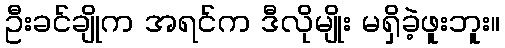
ဦးခင်ချိုက အရင်က ဒီလိုမျိုး မရှိခဲ့ဖူးဘူး။